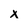
Character: x